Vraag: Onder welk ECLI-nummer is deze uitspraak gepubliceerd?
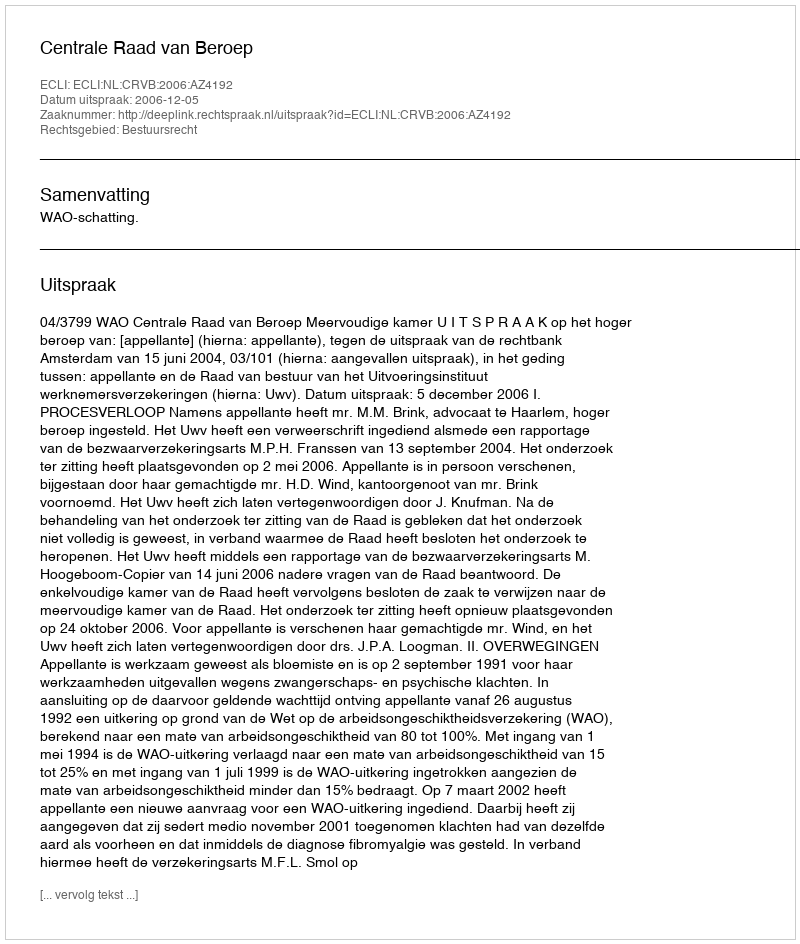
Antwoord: ECLI:NL:CRVB:2006:AZ4192